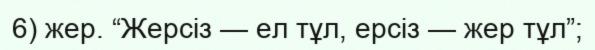
6) жер. “Жерсіз — ел тұл, ерсіз — жер тұл”;